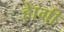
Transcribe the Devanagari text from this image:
हेागी